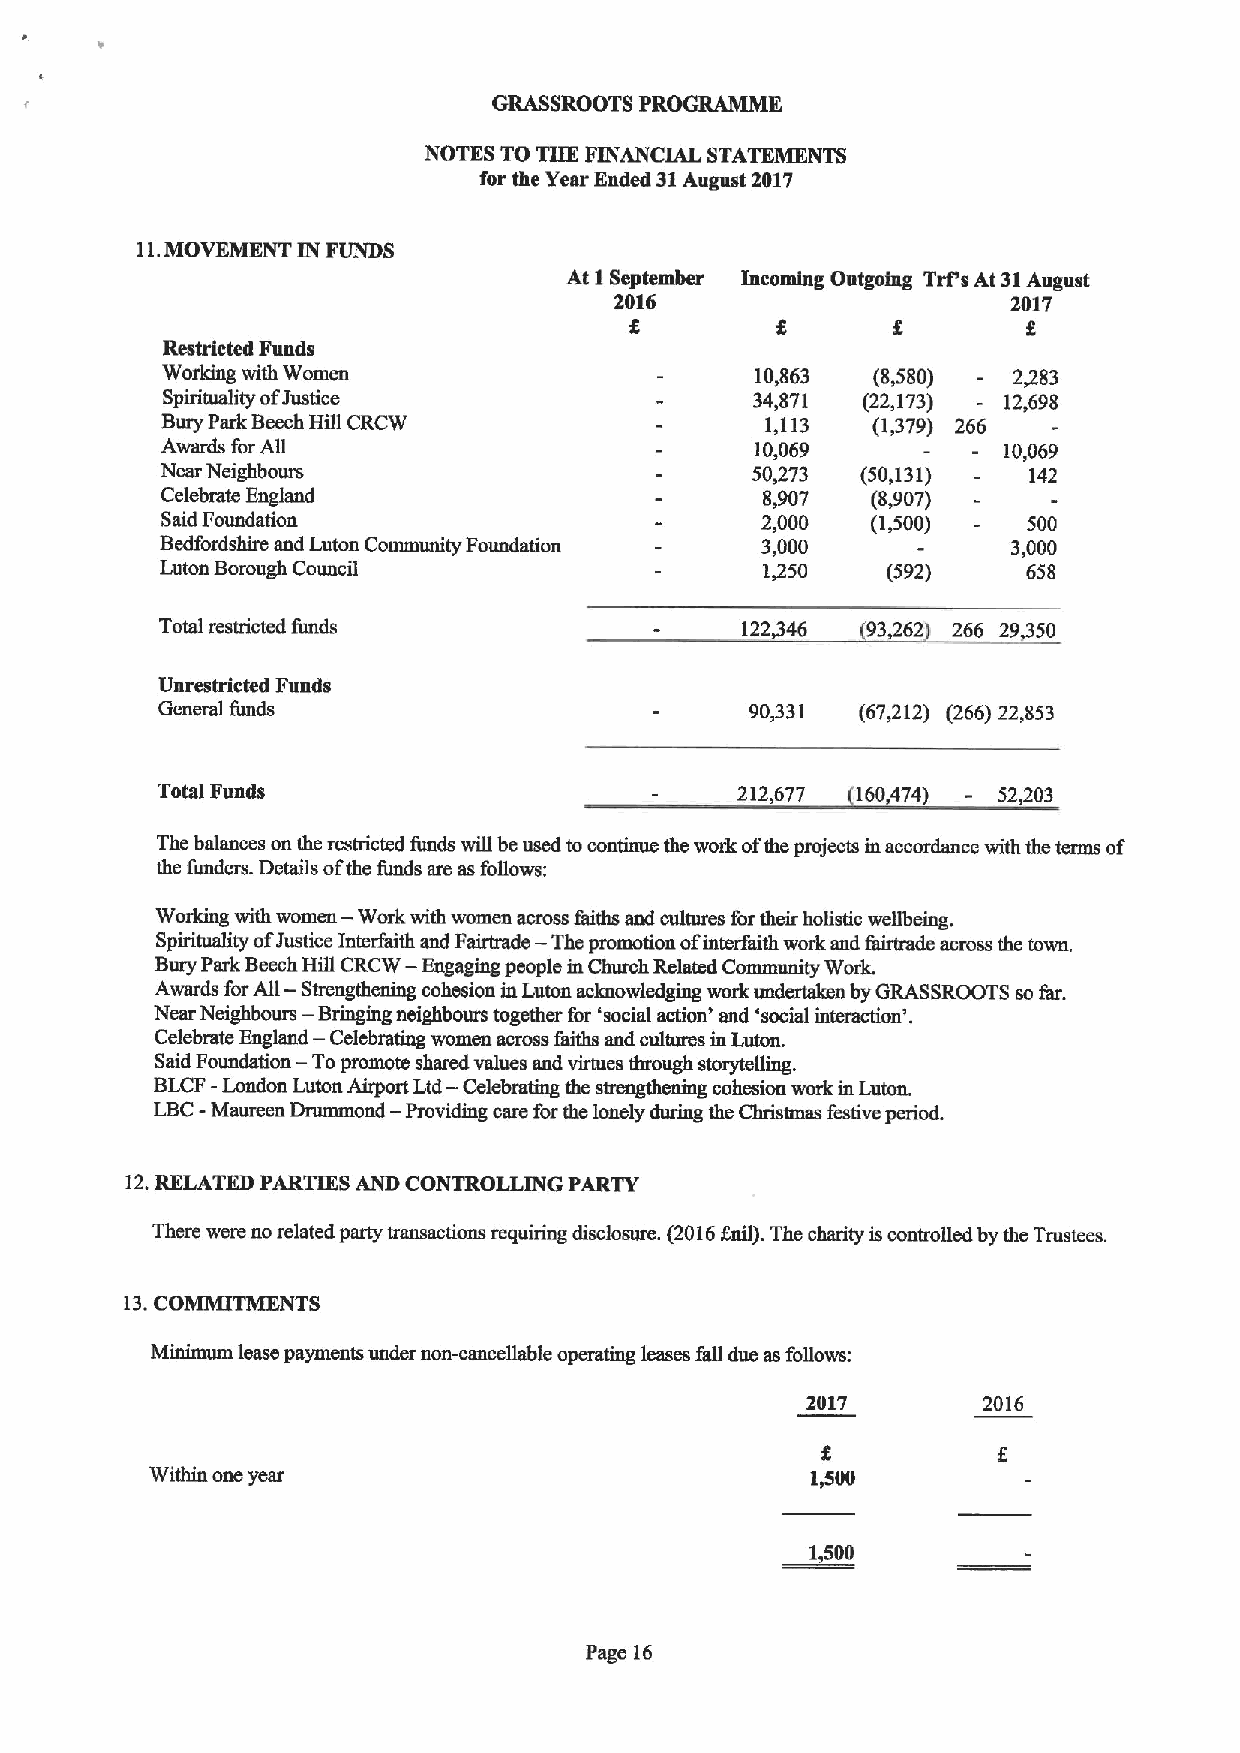
GRASSROOTS PROGRAMME
 NOTES TOTHE FINANCIAL STATEMENTS
 for the Year Ended 31August 2017
 11.MOVEMENT IN FUNDS
 At I September Incoming Outgoing Trps At 31August
 2016                      2017
 g                         8
 Restricted Funds
 Working with Women                     10,863  (8,580)  2,283
 Spirituality ofJustice                 34,871 (22,173) 12,698
 Bury Park Beech Hill CRCW               1,113  (1,379) 266
 Awards forAll                          10,069          10,069
 Near Neighbours                        50,273 (50,131)   142
 Celebrate England                      8,907   (8,907)
 Said Foundation                        2,000   (1,500)   500
 Bedfordshhe and Luton Community Foundation 3,000        3,000
 Luton Borough Council                  1350     (592)    658
 Total restricted funds                122,346 93262 266 29,350
 Unrestricted Funds
 General funds                           90,331 (67,212) (266) 22,853
 Total Funds                            212,677 160474) - 52,203
 The balances on the restricted funds will be used tocontinue the work ofthe projects in accordance with the terms of
 the funders. Details ofthe funds are as follows:
 —
 Working with women Work with women across faiths and cultures fortheir hohstic wellbeing.
 Spirituality ofJustice Interfaith and Fairtrade — The promotion ofintergtith work aud fsirtrade across the town.
 —
 Bury Park BeechHill CRCW Engaging people in Church Related Community Work
 —
 Awards forAll Strengthening cohesion inLuton acknowledging work undertaken byGRASSROOTS so far.
 —
 Near Neighbours Bringing neighbours together for 'social action' and 'social interaction'.
 —
 Celebrate England Celebrating women acmss gsiths and cultures in Luton.
 Said Foundation
 —Topromote
 shared values and virtues through storytelling.
 BLCF-London Luton Ahpott Ltd — Celebrating the stmngthening cohesion work in Luton.
 LBC-
 Maureen Drummond
 —
 Providing care forthe lonely during the Christmas festive period.
 12.RELATED PARTIES AND CONTROLLING PARTY
 There were no related patty transactions requiring disclosure. (2016Bul).The charity iscontrolled by the Trustees.
 13.COMMITMENTS
 Minimum lease payments under non-cancellable operating leases Stll due as follows:
 2017        2016
 8
 Within one year                             1,500
 1,500
 Page 16